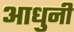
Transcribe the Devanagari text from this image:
आधुनी